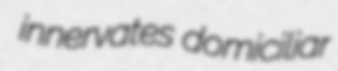
innervates domiciliar